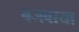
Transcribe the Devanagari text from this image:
बजवाया